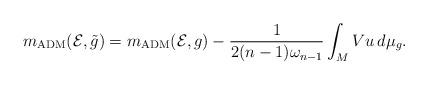
LaTeX: \begin{align*} m_\mathrm{ADM}(\mathcal E, \tilde g)= m_\mathrm{ADM}( \mathcal E,g)-\frac{1}{2(n-1)\omega_{n-1}}\int_M Vu\,d\mu_g.\end{align*}